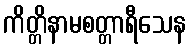
ကိတ္တိနာမစတ္တာရီသေန